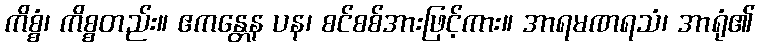
ကိစ္စံ၊ ကိစ္စတည်း။ ဧကန္တေန ပန၊ စင်စစ်အားဖြင့်ကား။ အာရမဏရသံ၊ အာရုံ၏